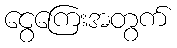
ငွေကြေးအတွက်